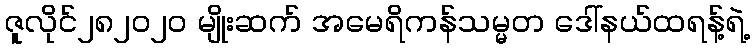
ဇူလိုင်၂၈၂၀၂၀ မျိုးဆက် အမေရိကန်သမ္မတ ဒေါ်နယ်ထရန့်ရဲ့